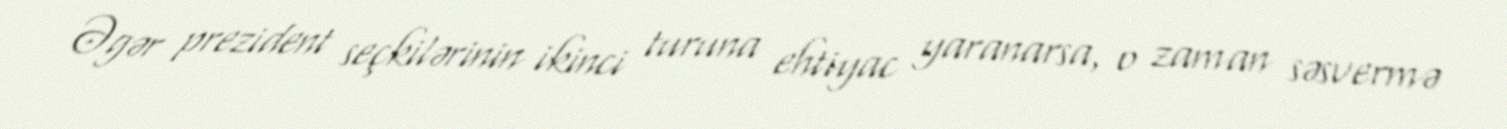
Əgər prezident seçkilərinin ikinci turuna ehtiyac yaranarsa, o zaman səsvermə